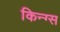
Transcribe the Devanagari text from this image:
किन्ग्स